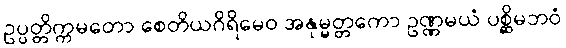
ဥပ္ပတ္တိက္ကမတော စေတိယဂိရိမေဝ အနုမ္မတ္တကော ဥဏ္ဏမယံ ပစ္ဆိမဘဝံ